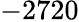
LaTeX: -2720